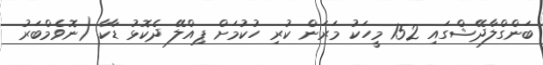
ބަންގްލާދޭޝްގައި 152 މީހަކު މަރަން ކުރި ހުކުމަށް ޕިއްލޭ ދެކޮޅު ޑާކާ (ނޮވެމްބަރު